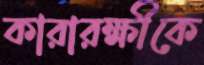
কারারক্ষীকে